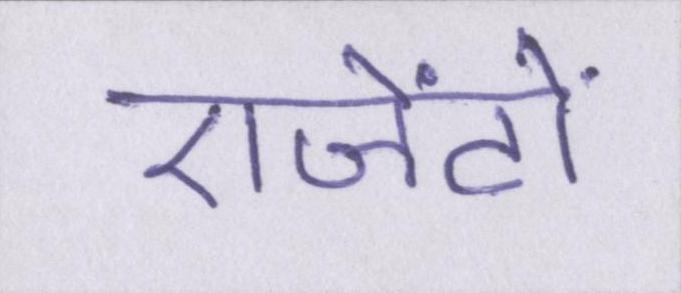
एजेंटों